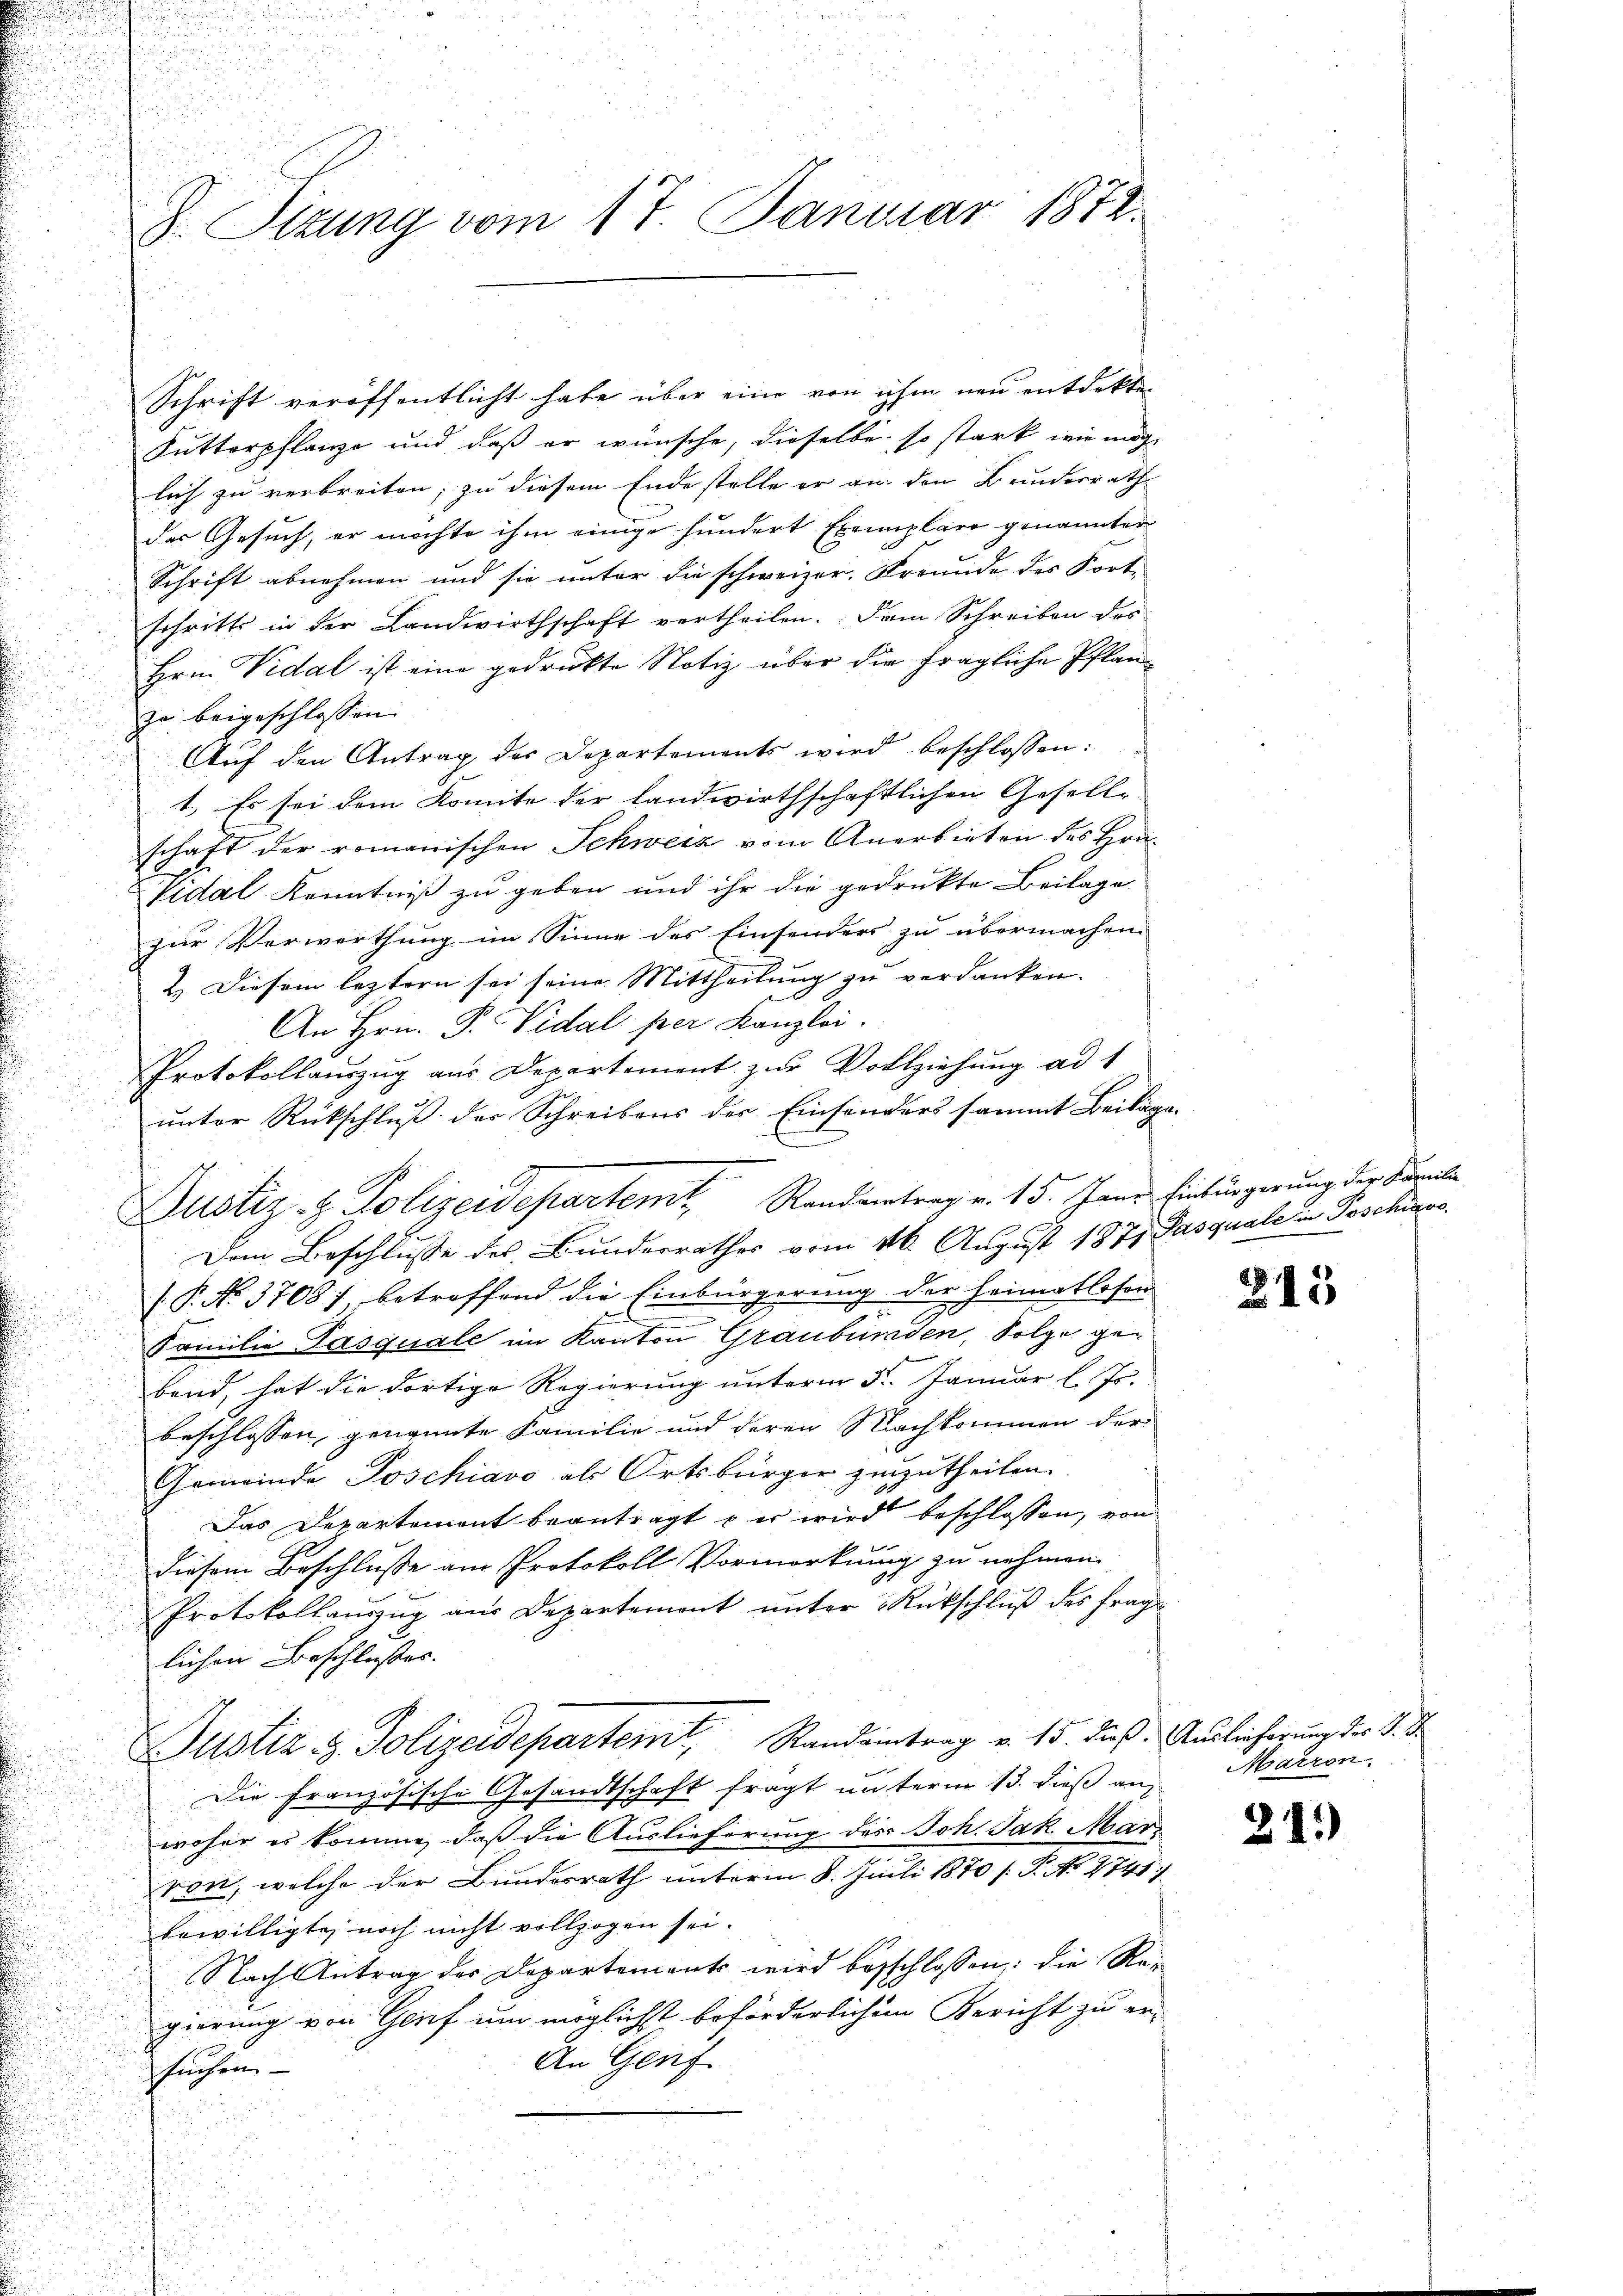
J. Sizung vom 17. Januar 1872.

Schrift veröffentlicht habe über eine von ihm neu entdekten
.
Sutterpflanze und daß er wünsche, dieselbe so stark wie mög-
lich zu verbreiten, zu diesem Ende stelle er an den Bundesrath
der Gesuch, er möchte ihm einige hundert Exemplaro genannten
Schrift abnehmen und sie unter die schweizer. Freunde des Fort-
schritte in der Landwirthschaft vertheilen. Dem Schreiben des
Hrn. Vidal ist eine gedruckte Notiz über die fragliche Pflanzu beigeschlossen.
Auf den Antrag der Departements wird beschlossen:
1.) Es sei dem Komite der landwirthschaftlichen Gesell-
schaft der romanischen Schweiz vom Anerbieten des Hrn.
Pidal Kenntniß zu geben und ihr die gedrukte Beilage
zur Verwerthung im Sinne des Einsenders zu übermachen
2.) Diesem leztern sei seine Mittheilung zu verdanken.
An Hrn. P. Vidal per Kanzlei.
Protokollauszug aus Departement zur Vollziehung ad 1
unter Rückschluß des Schreibens der Einsonders sammt Beilage.
Justiz- & Polizeidepartemt, Randvertrag v. 15. Jan. Einbürgerung der Famili
Dem Beschlusse des Bunderrathes vom 16. August 1871 Pasquale in Poschiede
(P. No. 37081, betreffend die Einbürgerung der Heimatlosen-
.
Familie Pasquale im Kanton Graubünden, Folge geband, hat die dortige Regierung unterm 5. Januar l. Js.
beschlossen, genannte Familie und deren Nachkommen der
Gemeinde Poschiavo als Ortsbürger zuzutheilen.
Das Departemont beantragt er wird beschlossen, von
t
Diesem Beschlusse am Protokoll Vormerkung zu nehmen.
Protokollauszug aus Departement unter Rückschluß des frage
lichen Beschlusses. |
Justiz & Polizeidepartemt, Standeintrag v. 15. Fuß. Auslicherung der d. d.
Die französische Gesandtschaft fragt unterm 13. dieß an
woher es komme, daß die Auslieferung des Joh. Jak. Mar
von, welche der Bundesrath unterm 8. Juli 1870 [ P. No 2741
bewilligte noch nicht vollzogen sei.
Nach Antrag der Departements wird besschlossen: die Regierung von Geif um möglichst beförderlichem Bericht zu er-
An Genf.
suchen- |

213

Marron

341)